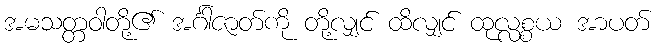
အမသတ္တဝါတို့၏ အင်္ဂါဇာတ်ကို တို့လျှင် ထိလျှင် ထုလ္လစ္စယ အာပတ်